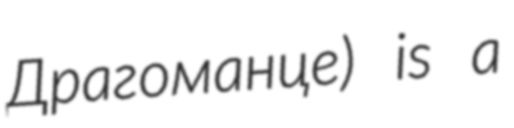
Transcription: Драгоманце) is a